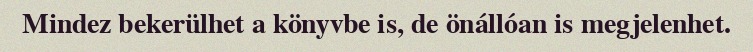
Mindez bekerülhet a könyvbe is, de önállóan is megjelenhet.